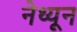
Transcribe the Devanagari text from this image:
नेथ्यून